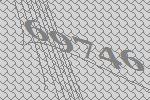
69746